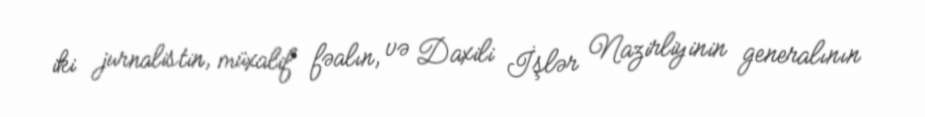
iki jurnalistin, müxalif fəalın, və Daxili İşlər Nazirliyinin generalının